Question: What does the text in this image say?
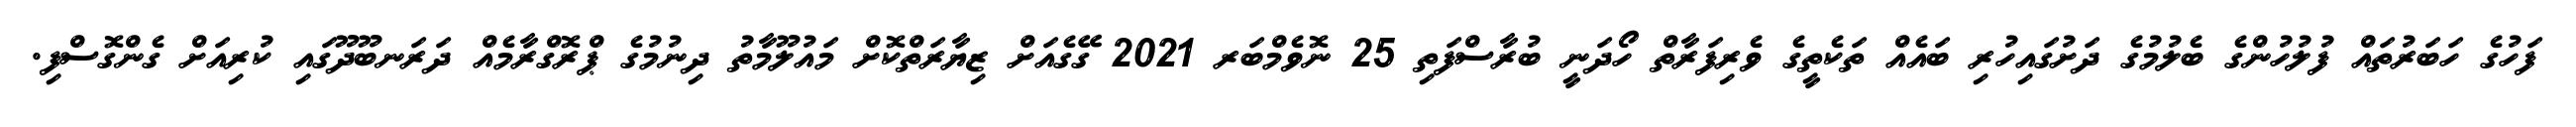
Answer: ފަހުގެ ހަބަރުތައް ފުލުހުންގެ ބެލުމުގެ ދަށުގައިހުރި ބައެއް ތަކެތީގެ ވެރިފަރާތް ހޯދަނީ ބުރާސްފަތި 25 ނޮވެމްބަރ 2021 ގޭގެއަށް ޒިޔާރަތްކޮށް މައުލޫމާތު ދިނުމުގެ ޕްރޮގްރާމެއް ދަރަނބޫދޫގައި ކުރިއަށް ގެންގޮސްފި.